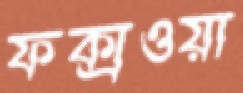
ফক্সওয়া